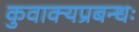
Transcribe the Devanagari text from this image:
कुवाक्यप्रबन्धः